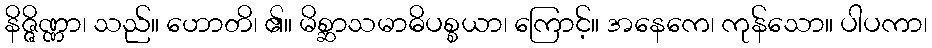
နိဇ္ဇိဏ္ဏာ၊ သည်။ ဟောတိ၊ ၏။ မိစ္ဆာသမာဓိပစ္စယာ၊ ကြောင့်။ အနေကေ၊ ကုန်သော။ ပါပကာ၊